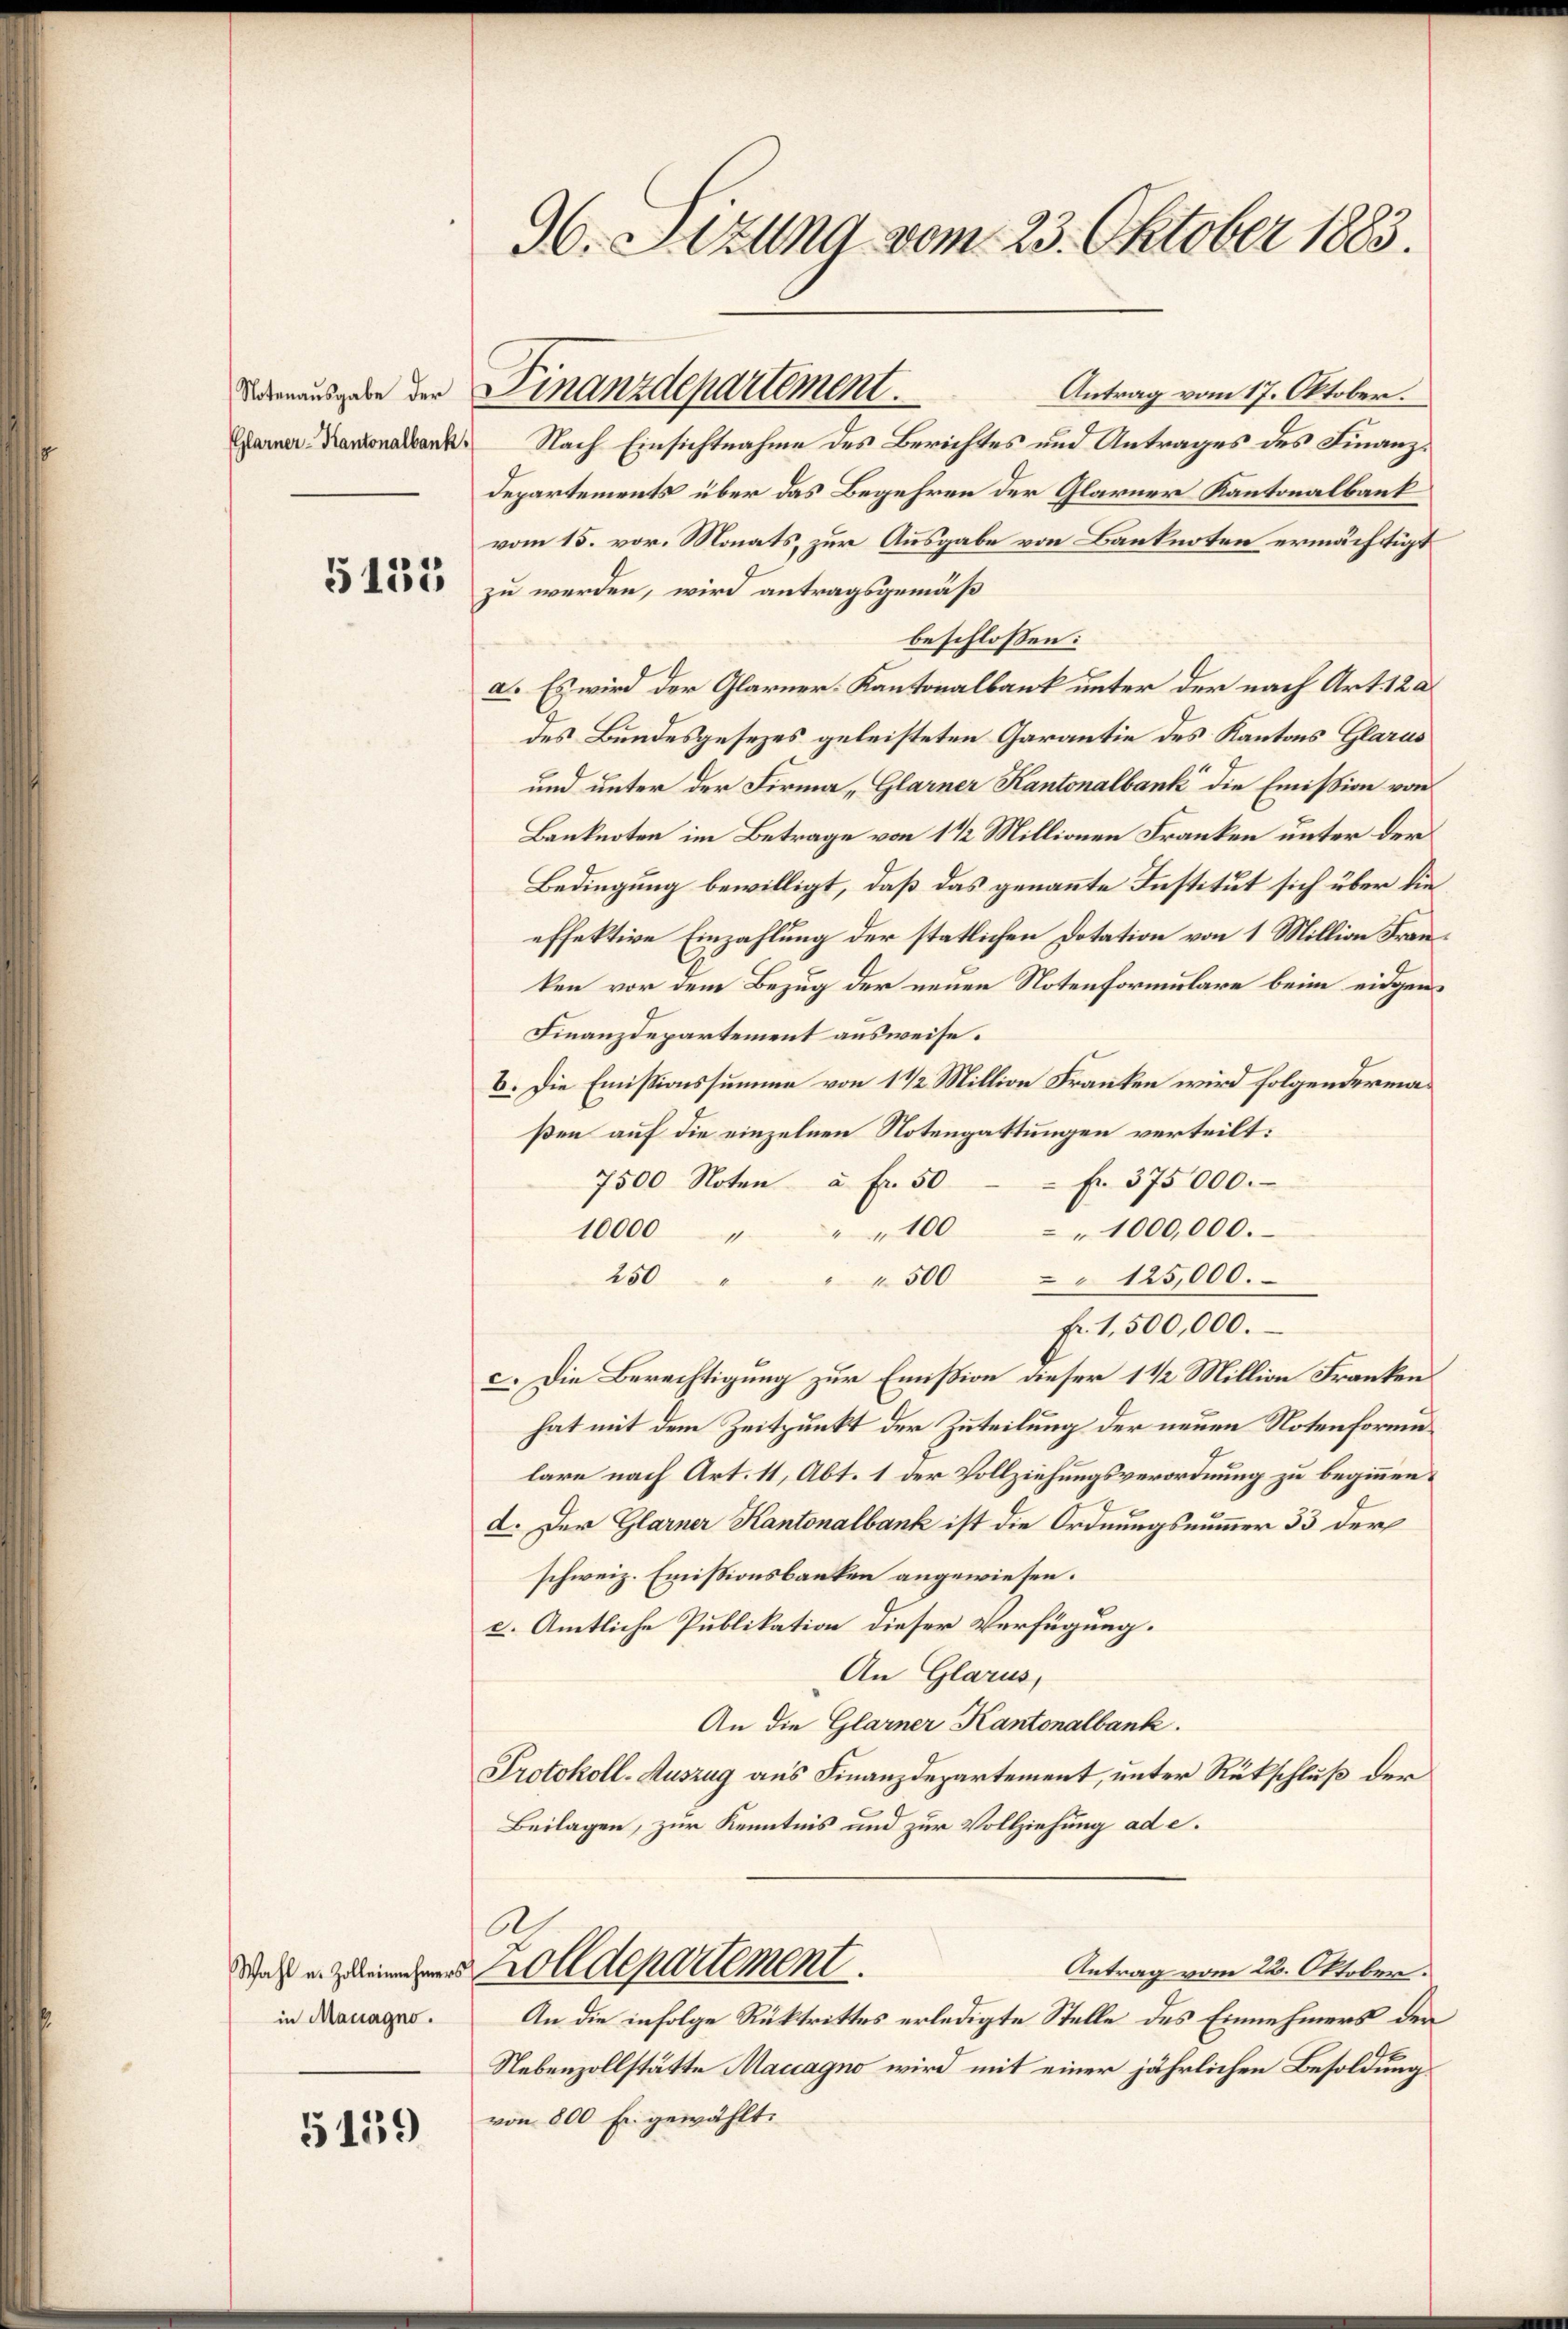
Glarner-Kantonalbank,

5135

in Managno.

5139

96. Sitzung vom 23. Oktober 1883.

Antrag vom 17. Oktober.
Nach Einsichtnahme des Berichtes und Antrages des Finanz¬
Departements über das Begehren der Glarner Kantonalbank
vom 15. vor. Monats, zur Ausgabe von Banknoten ermächtigt
zu werden, wird antragsgemäß
beschlossen:
a. Es wird der Glarner-Kantonalbank unter der nach Art. 12 a
des Bundesgesezes geleisteten Garantie des Kantons Glarus
und unter der Firma Glarner Kantonalbank die Emission von
Banknoten im Betrage von 1 1/2 Millionen Franken unter der
Bedingung bewilligt, daß das genannte Institut sich über die
effektive Einzahlung der statlichen Dotation von 1 Million Franken vor dem Bezug der neuen Notenformulare beim eidgen¬
Finanzdepartement ausweise.
b. Die Emissionssumme von 1 1/2 Million Franken wird folgenderma
ßen auf die einzelnen Notengattungen verteilt:
7500 Noten u. fr. 50 fr. 375000.
" " 100 " 1000,000.
10000
250
"" 500 " 125,000.
fr. 1,500,000.
c. Die Berechtigung zur Emißion dieser 1 1/2 Million Franken.
hat mit dem Zeitpunkt der Zuteilung der neuen Notenforme
lare nach Art. 11, Abt. 1 der Vollziehungsverordnung zu beginnen.
e
d. Der Glarner Kantonalbank ist die Ordnungsnummer 33 der
schweiz. Emissionsbanken angewiesen.
a. Amtliche Publikation dieser Verfügung.
An Glarus,
An die Glarner Kantonalbank.
Protokoll-Auszug aus Finanzdepartement, unter Rückschluß der
Beilagen, zur Kenntnis und zur Vollziehung ad e.
A
das Zolldepartement
Antrag vom 22. Oktober.
An die infolge Rücktrittes erledigte Stelle des Einnehmers der
Nebenzollstätte Maccagno wird mit einer jährlichen Besoldung
von 800 Er gewählt.

Darausgabe der Finanzdepartement